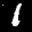
Label: 1